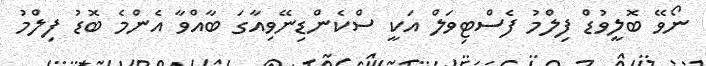
ނޯވޭ ބޮލީވުޑް ފިލްމު ފެސްޓިވަލް އަކީ ސްކެންޑިނޭވިއާގަ ބާއްވާ އެންމެ ބޮޑު ފިލްމު